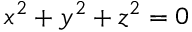
x ^ { 2 } + y ^ { 2 } + z ^ { 2 } = 0